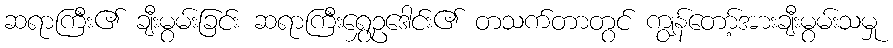
ဆရာကြီး၏ ချီးမွမ်းခြင်း ဆရာကြီးရွှေဥဒေါင်း၏ တသက်တာတွင် ကျွန်တော့်အားချီးမွမ်းသမှု